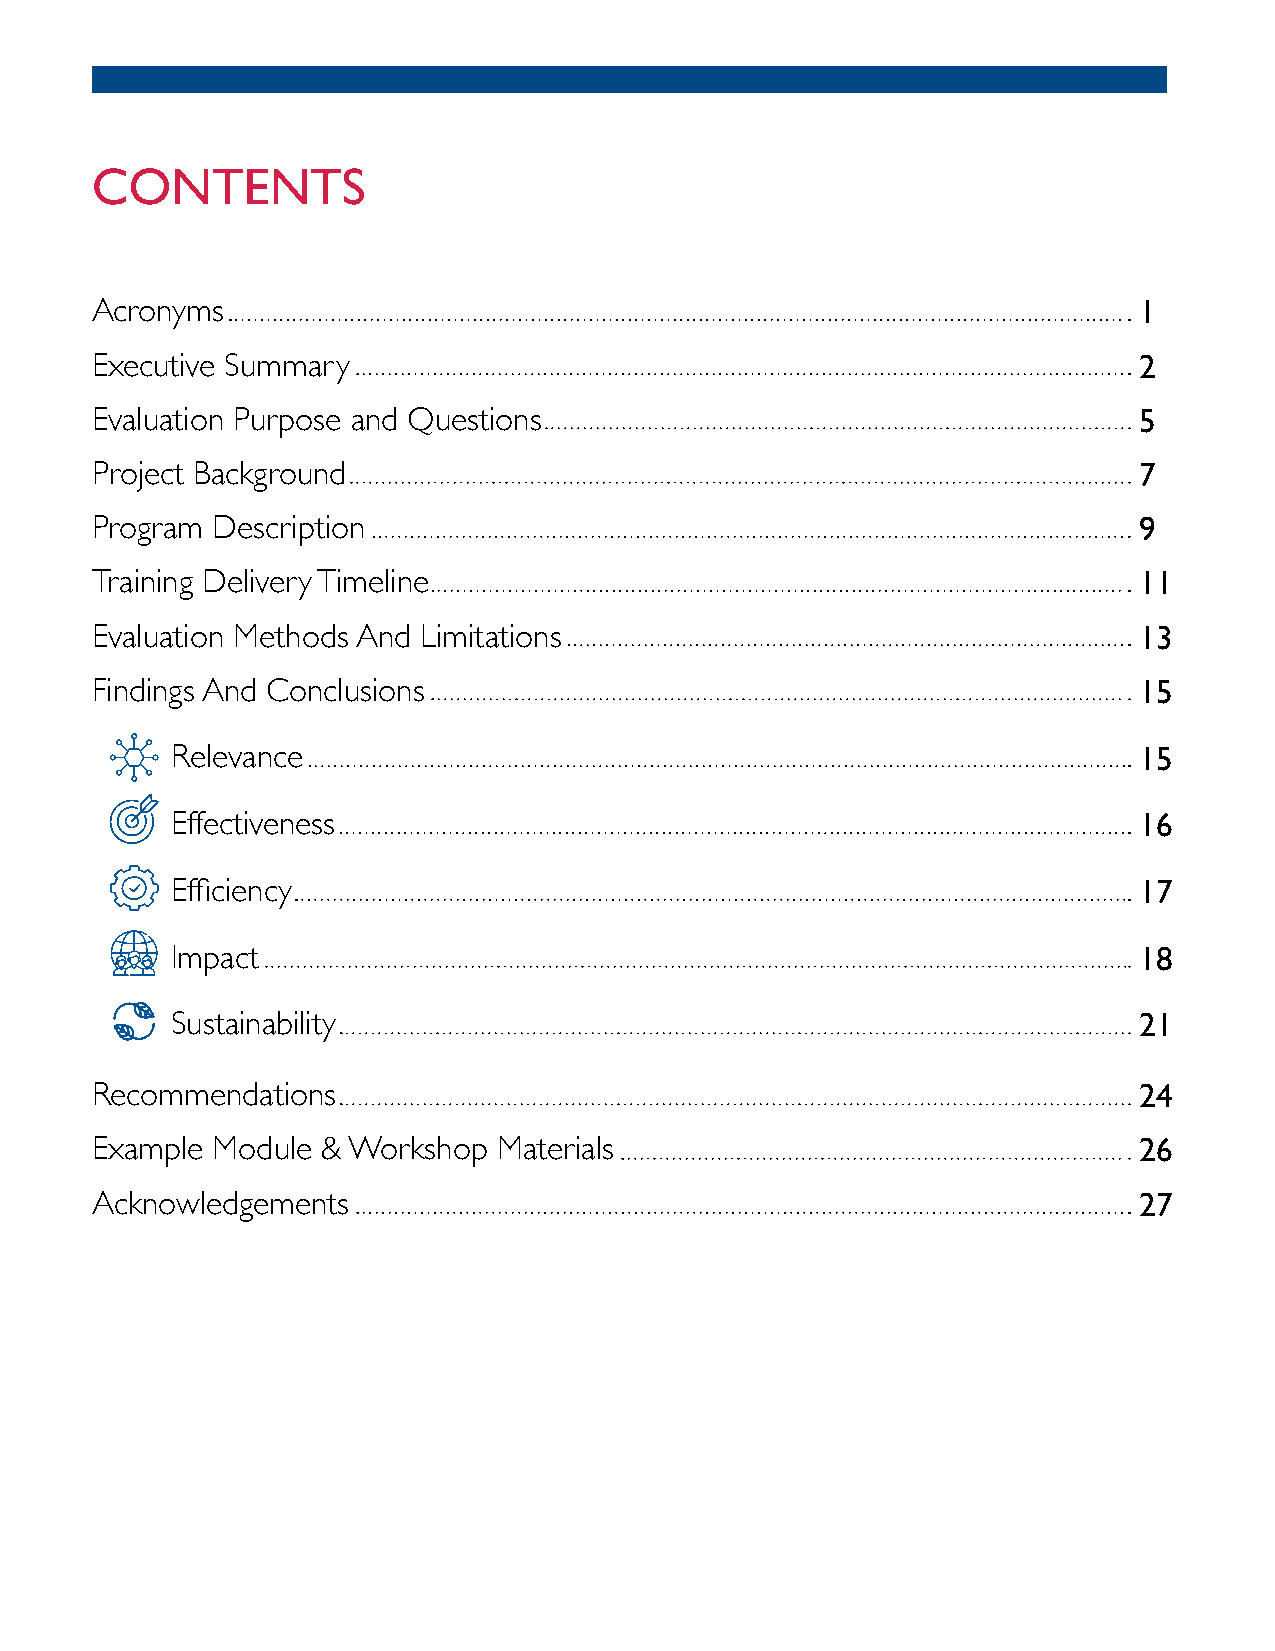
CONTENTS
 Acronyms                                                             1
 Executive Summary                                                    2
 Evaluation Purpose and Questions                                     5
 Project Background                                                   7
 Program Description                                                  9
 Training Delivery Timeline                                           11
 Evaluation Methods And Limitations                                   13
 Findings And Conclusions                                             15
 Relevance                                                       15
 Effectiveness                                                   16
 Efficiency                                                      17
 Impact                                                          18
 Sustainability                                                  21
 Recommendations                                                      24
 Example Module & Workshop  Materials                                 26
 Acknowledgements                                                     27